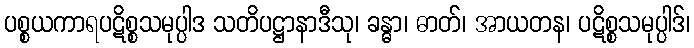
ပစ္စယကာရပဋိစ္စသမုပ္ပါဒ သတိပဋ္ဌာနာဒီသု၊ ခန္ဓာ၊ ဓာတ်၊ အာယတန၊ ပဋိစ္စသမုပ္ပါဒ်၊